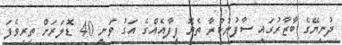
ދުނިޔޭގެ ބާޒާރުގައި ސާފުނުކުރާ ތެޔޮ ފީފާއެއްގެ އަގު ވަނީ 40 ޑޮލަރަށް ތިރިވެފަ